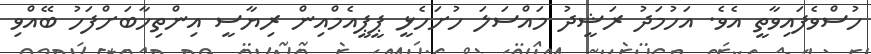
ހުސްވެފައިވާތީ އެވެ. އަހުމަދު ރަޝީދު މައްސަލަ ހުށަހެޅީ ޕީޕީއެމްއިން ރިޔާސީ އިންތިހާބަށްފަހު ބޭއްވި